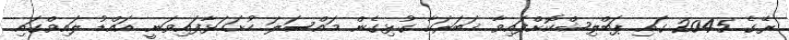
ރޭގެ 2045 ގައި ޕަބްލިޝްކޮށްފައިވާ ޚަބަރަކާ ގުޅިގެން މައްސަލަ ހުށަހަޅާފައިވަނީ އައްޑު ލައިވްގައި